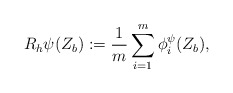
\begin{align*}R_{h}\psi(Z_b):=\frac{1}{m}\sum\limits_{i=1}^m \phi_i^\psi(Z_b),\end{align*}